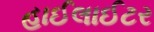
હાઈલાઈટર